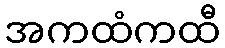
အကထံကထီ